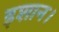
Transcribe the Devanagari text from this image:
इशान।